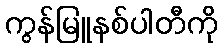
ကွန်မြူနစ်ပါတီကို